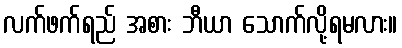
လက်ဖက်ရည် အစား ဘီယာ သောက်လို့ရမလား။